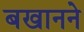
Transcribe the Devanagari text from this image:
बखानने